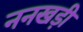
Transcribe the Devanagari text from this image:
ननखड़ी